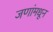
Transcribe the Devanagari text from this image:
जणांमधून